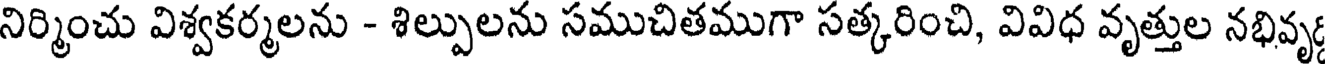
నిర్మించు విశ్వకర్మలను - శిల్పులను సముచితముగా సత్కరించి, వివిధ వృత్తుల నభివృ